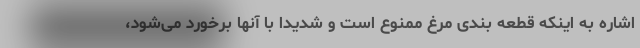
اشاره به اینکه قطعه بندی مرغ ممنوع است و شدیدا با آنها برخورد می‌شود،